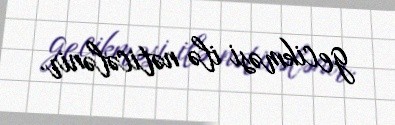
gecikməsi ilə nəticələnir.